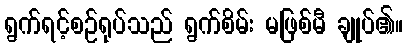
ရွက်ရင့်စဉ်ရုပ်သည် ရွက်စိမ်း မဖြစ်မီ ချုပ်၏။